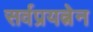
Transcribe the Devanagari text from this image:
सर्वप्रयत्नेन